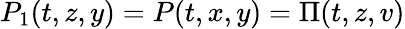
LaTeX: P_{1}(t,z,y)=P(t,x,y)=\Pi(t,z,v)